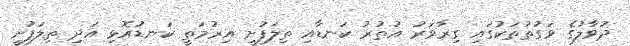
ދުވާލުގެ ވަގުތުތަކުގައި ގިރާވަރު އުތުރު ކަނޑާއި ތިލަފުށީ އިރުމަތީ ކަނޑުއޮޅި އަދި ތިލަފުށީ